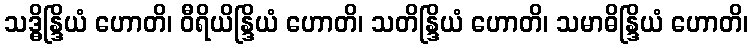
သဒ္ဓိန္ဒြိယံ ဟောတိ၊ ဝီရိယိန္ဒြိယံ ဟောတိ၊ သတိန္ဒြိယံ ဟောတိ၊ သမာဓိန္ဒြိယံ ဟောတိ၊